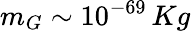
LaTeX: m_{G}\sim 10^{-69}\, Kg